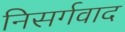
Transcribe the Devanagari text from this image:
निसर्गवाद